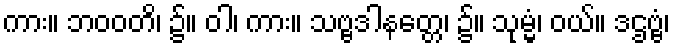
ကား။ ဘဝဝတိ၊ ၌။ ဝါ၊ ကား။ သဗ္ဗဒါနတ္တေ၊ ၌။ သုမ္မံ၊ ဝယ်။ ဒဌဗ္ဗံ၊